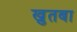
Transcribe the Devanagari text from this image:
खु़तबा